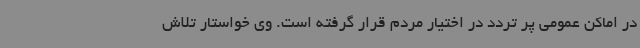
در اماکن عمومی پر تردد در اختیار مردم قرار گرفته است. وی خواستار تلاش